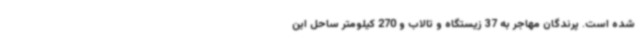
شده است. پرندگان مهاجر به 37 زیستگاه و تالاب و 270 کیلومتر ساحل این